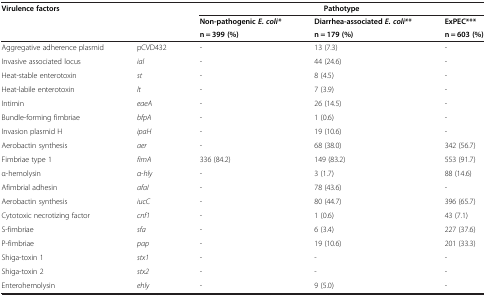
| <COLSPAN=2> Virulence factors | <COLSPAN=3> Pathotype |
 | <COLSPAN=2>  | Non-pathogenic E. coli* | Diarrhea-associated E. coli** | ExPEC*** |
 | <COLSPAN=2>  | n = 399 (%) | n = 179 (%) | n = 603 (%) |
 | --- | --- | --- | --- | --- |
 | Aggregative adherence plasmid | pCVD432 | - | 13 (7.3) | - |
 | Invasive associated locus | ial | - | 44 (24.6) | - |
 | Heat-stable enterotoxin | st | - | 8 (4.5) | - |
 | Heat-labile enterotoxin | lt | - | 7 (3.9) | - |
 | Intimin | eaeA | - | 26 (14.5) | - |
 | Bundle-forming fimbriae | bfpA | - | 1 (0.6) | - |
 | Invasion plasmid H | ipaH | - | 19 (10.6) | - |
 | Aerobactin synthesis | aer | - | 68 (38.0) | 342 (56.7) |
 | Fimbriae type 1 | fimA | 336 (84.2) | 149 (83.2) | 553 (91.7) |
 | α-hemolysin | α-hly | - | 3 (1.7) | 88 (14.6) |
 | Afimbrial adhesin | afaI | - | 78 (43.6) | - |
 | Aerobactin synthesis | iucC | - | 80 (44.7) | 396 (65.7) |
 | Cytotoxic necrotizing factor | cnf1 | - | 1 (0.6) | 43 (7.1) |
 | S-fimbriae | sfa | - | 6 (3.4) | 227 (37.6) |
 | P-fimbriae | pap | - | 19 (10.6) | 201 (33.3) |
 | Shiga-toxin 1 | stx1 | - | - | - |
 | Shiga-toxin 2 | stx2 | - | - | - |
 | Enterohemolysin | ehly | - | 9 (5.0) | - |